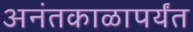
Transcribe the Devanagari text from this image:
अनंतकाळापर्यंत